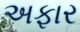
અફાર